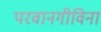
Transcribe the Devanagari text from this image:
परवानगीविना